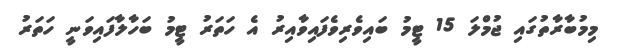
މިމުބާރާތުގައި ޖުމްލަ 15 ޓީމު ބައިވެރިވެފައިވާއިރު އެ ހަތަރު ޓީމު ބަހާލާފައިވަނީ ހަތަރު